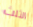
الثلث